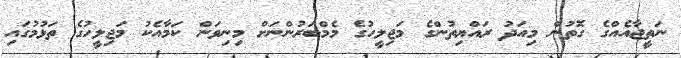
ނަތީޖާއެއްގެ ގޮތުން މިއަދު ރައްޔިތުންގެ މަޖިލީހުގެ މެމްބަރުންނަށް މިނިވަން ކަމާއެކު މަޖިލީހުގެ ތަޅުމުގައި